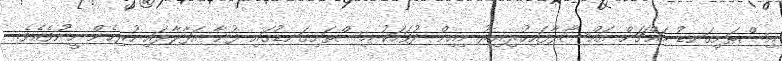
އިސްތަށިގަނޑު މައްޗަށް އައްސާލާފައިހުރިއިރު މިއިން ދުވަހަކު އިސްތަށިގަނޑުގައި ފުނާ އަޅާލާފައި ހުރިހެން ހީނުވެއެވެ.